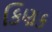
કિણક